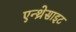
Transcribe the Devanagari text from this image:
एन्थ्रेसाइट